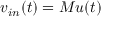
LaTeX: v _ { i n } ( t ) = M u ( t )